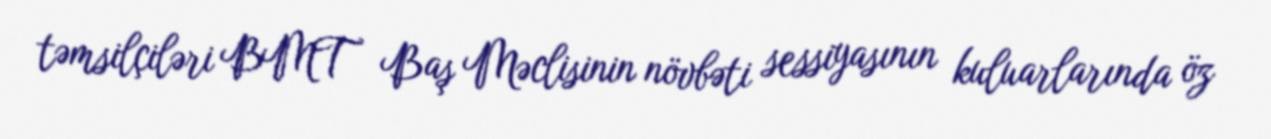
təmsilçiləri BMT Baş Məclisinin növbəti sessiyasının kuluarlarında öz